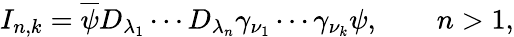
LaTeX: I_{n,k}=\overline{{{\psi}}}D_{\lambda_{1}}\cdots D_{\lambda_{n}}\gamma_{\nu_{1}}\cdots\gamma_{\nu_{k}}\psi,\qquad n>1,